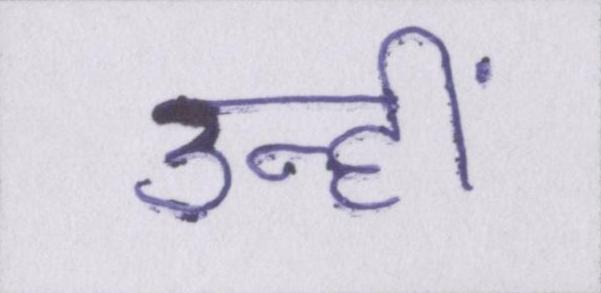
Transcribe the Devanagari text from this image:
उन्हीं